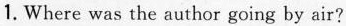
1.Where was the author going by air?